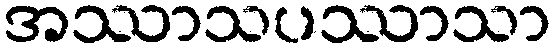
အဿာသပဿာသာ